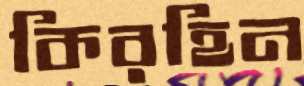
কিরহিন